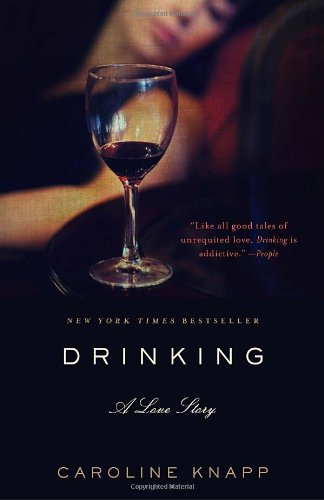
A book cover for Drinking: A Love Story; Caroline Knapp; Health, Fitness & Dieting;